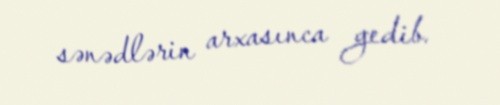
sənədlərin arxasınca gedib.